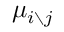
\mu _ { i \setminus j }